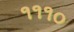
૧૧૧૦